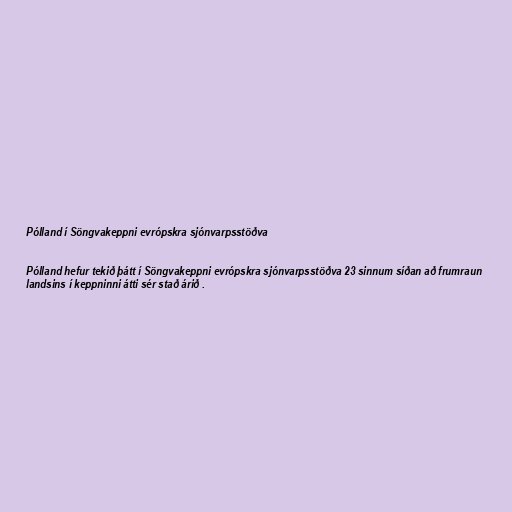
Pólland í Söngvakeppni evrópskra sjónvarpsstöðva

Pólland hefur tekið þátt í Söngvakeppni evrópskra sjónvarpsstöðva 23 sinnum síðan að frumraun
landsins í keppninni átti sér stað árið .